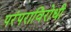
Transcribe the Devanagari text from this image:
परंपराविरोधी